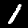
Label: 1